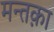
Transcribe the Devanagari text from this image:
मन्तक़ा